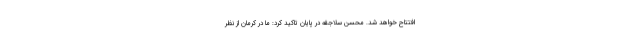
افتتاح خواهد شد. محسن سلاجقه در پایان تاکید کرد: ما در کرمان از نظر